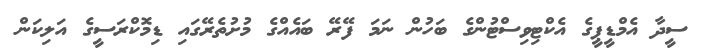
ސީދާ އެމްޑީޕީގެ އެކްޓިވިސްޓުންގެ ބަހުން ނަމަ ފޭރޭ ބައެއްގެ މުށުތެރޭގައި ޑިމޮކްރަސީގެ އަލިކަން